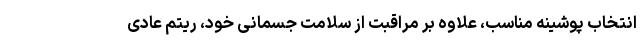
انتخاب پوشینه مناسب، علاوه بر مراقبت از سلامت جسمانی خود، ریتم عادی